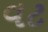
વટ